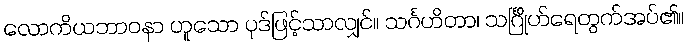
လောကိယဘာဝနာ ဟူသော ပုဒ်ဖြင့်သာလျှင်။ သင်္ဂဟိတာ၊ သင်္ဂြိုဟ်ရေတွက်အပ်၏။